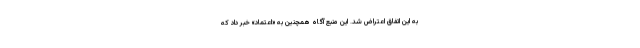
به اين اتفاق اعتراض شد. اين منبع آگاه همچنين به «اعتماد» خبر داد كه